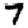
Digit: 7